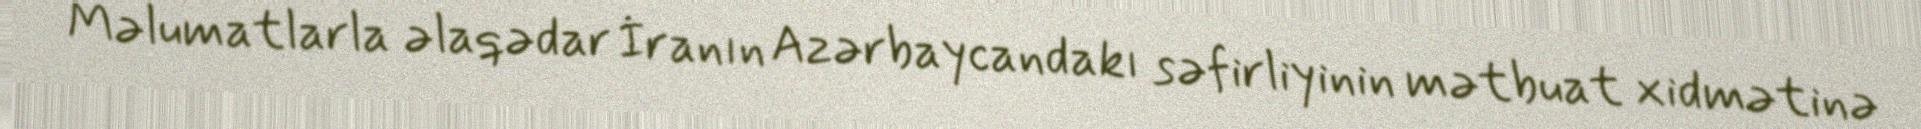
Məlumatlarla əlaqədar İranın Azərbaycandakı səfirliyinin mətbuat xidmətinə